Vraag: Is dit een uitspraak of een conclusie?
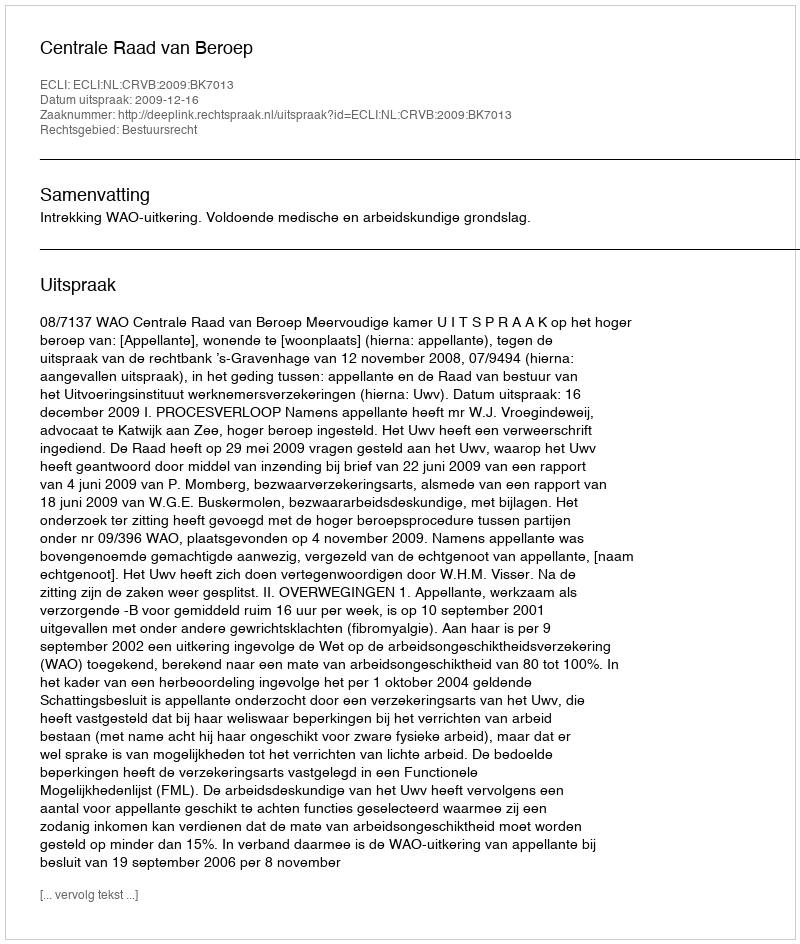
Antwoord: Uitspraak